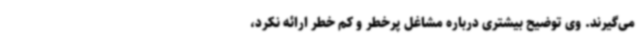
می‌گیرند. وی توضیح بیشتری درباره مشاغل پرخطر و کم خطر ارائه نکرد،